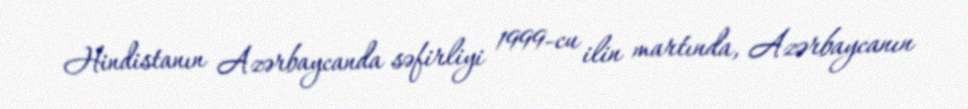
Hindistanın Azərbaycanda səfirliyi 1999-cu ilin martında, Azərbaycanın